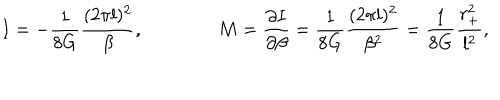
LaTeX: I = - { \frac { 1 } { 8 G } } { \frac { ( 2 \pi l ) ^ { 2 } } { \beta } } , \qquad \qquad M = { \frac { \partial I } { \partial \beta } } = { \frac { 1 } { 8 G } } { \frac { ( 2 \pi l ) ^ { 2 } } { \beta ^ { 2 } } } = { \frac { 1 } { 8 G } } { \frac { r _ { + } ^ { 2 } } { l ^ { 2 } } } ,